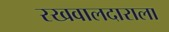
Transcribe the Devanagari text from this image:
रखवालदाराला